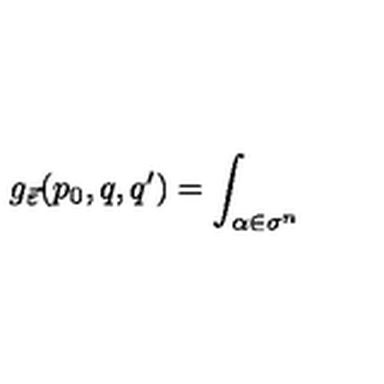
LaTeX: g _ { \vec { \varepsilon } } ( p _ { 0 } , q , q ^ { \prime } ) = \int _ { \alpha \in \sigma ^ { n } }